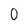
Character: 0